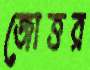
জোত্তর